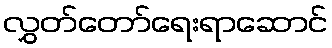
လွှတ်တော်ရေးရာဆောင်